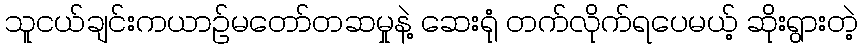
သူငယ်ချင်းကယာဉ်မတော်တဆမှုနဲ့ ဆေးရုံ တက်လိုက်ရပေမယ့် ဆိုးရွားတဲ့